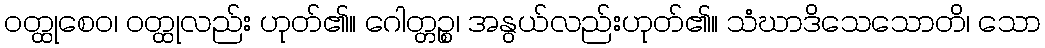
ဝတ္ထုစေဝ၊ ဝတ္ထုလည်း ဟုတ်၏။ ဂေါတ္တဉ္စ၊ အနွယ်လည်းဟုတ်၏။ သံဃာဒိသေသောတိ၊ သော